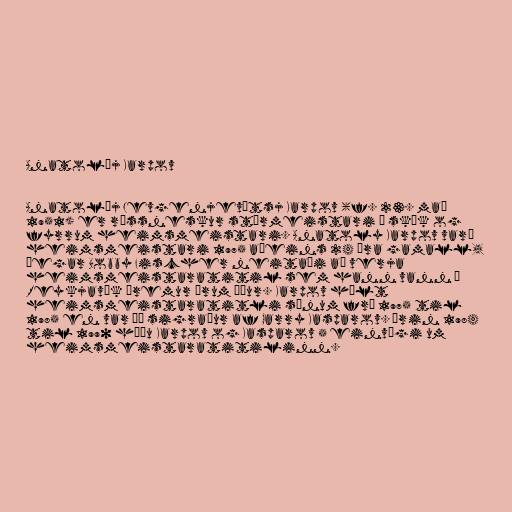
Anatolíj Karpov

Anatolíj Jevgenjevítsj Karpov (f. 23. maí
1951) er rússneskur stórmeistari í skák og
fyrrum heimsmeistari. Anatoly Karpov varð
heimsmeistari 1975 aðeins 24 ára gamall,
þegar Bobby Fischer neitaði að verja
heimsmeistaratitil sem hann vann í
Reykjavík þremur árum áður. Karpov hélt
heimsmeistaratitli sínum frá 1975 til
1985 en var þá sigraður af Garry Kasparov. Árin 1984
til 1990 háðu Karpov og Kasparov 5 einvígi um
heimsmeistaratitilinn.